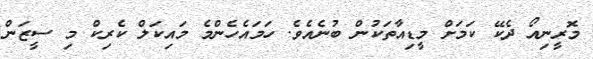
މޮރީނިއޯ ދެކޭ ކަމަށް މީޑިއާތަކުން ބުނެއެވެ. ހަމައެހެންމެ މައިކަލް ކެރިކް މި ސީޒަން